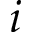
i